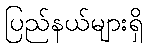
ပြည်နယ်များရှိ